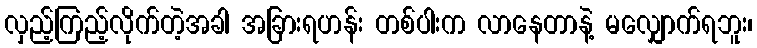
လှည့်ကြည့်လိုက်တဲ့အခါ အခြားရဟန်း တစ်ပါးက လာနေတာနဲ့ မလျှောက်ရဘူး၊